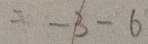
= - 3 - 6